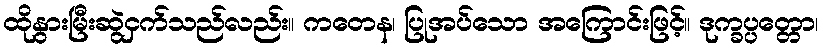
ထိုနွားမြီးဆွဲငှက်သည်လည်း။ ကတေန၊ ပြုအပ်သော အကြောင်းဖြင့်။ ဒုက္ခပ္ပတ္တော၊